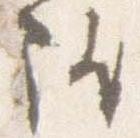
隆